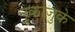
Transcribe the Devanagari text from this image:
नुकाज़ुके